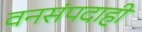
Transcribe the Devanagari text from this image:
वनसंपदाही